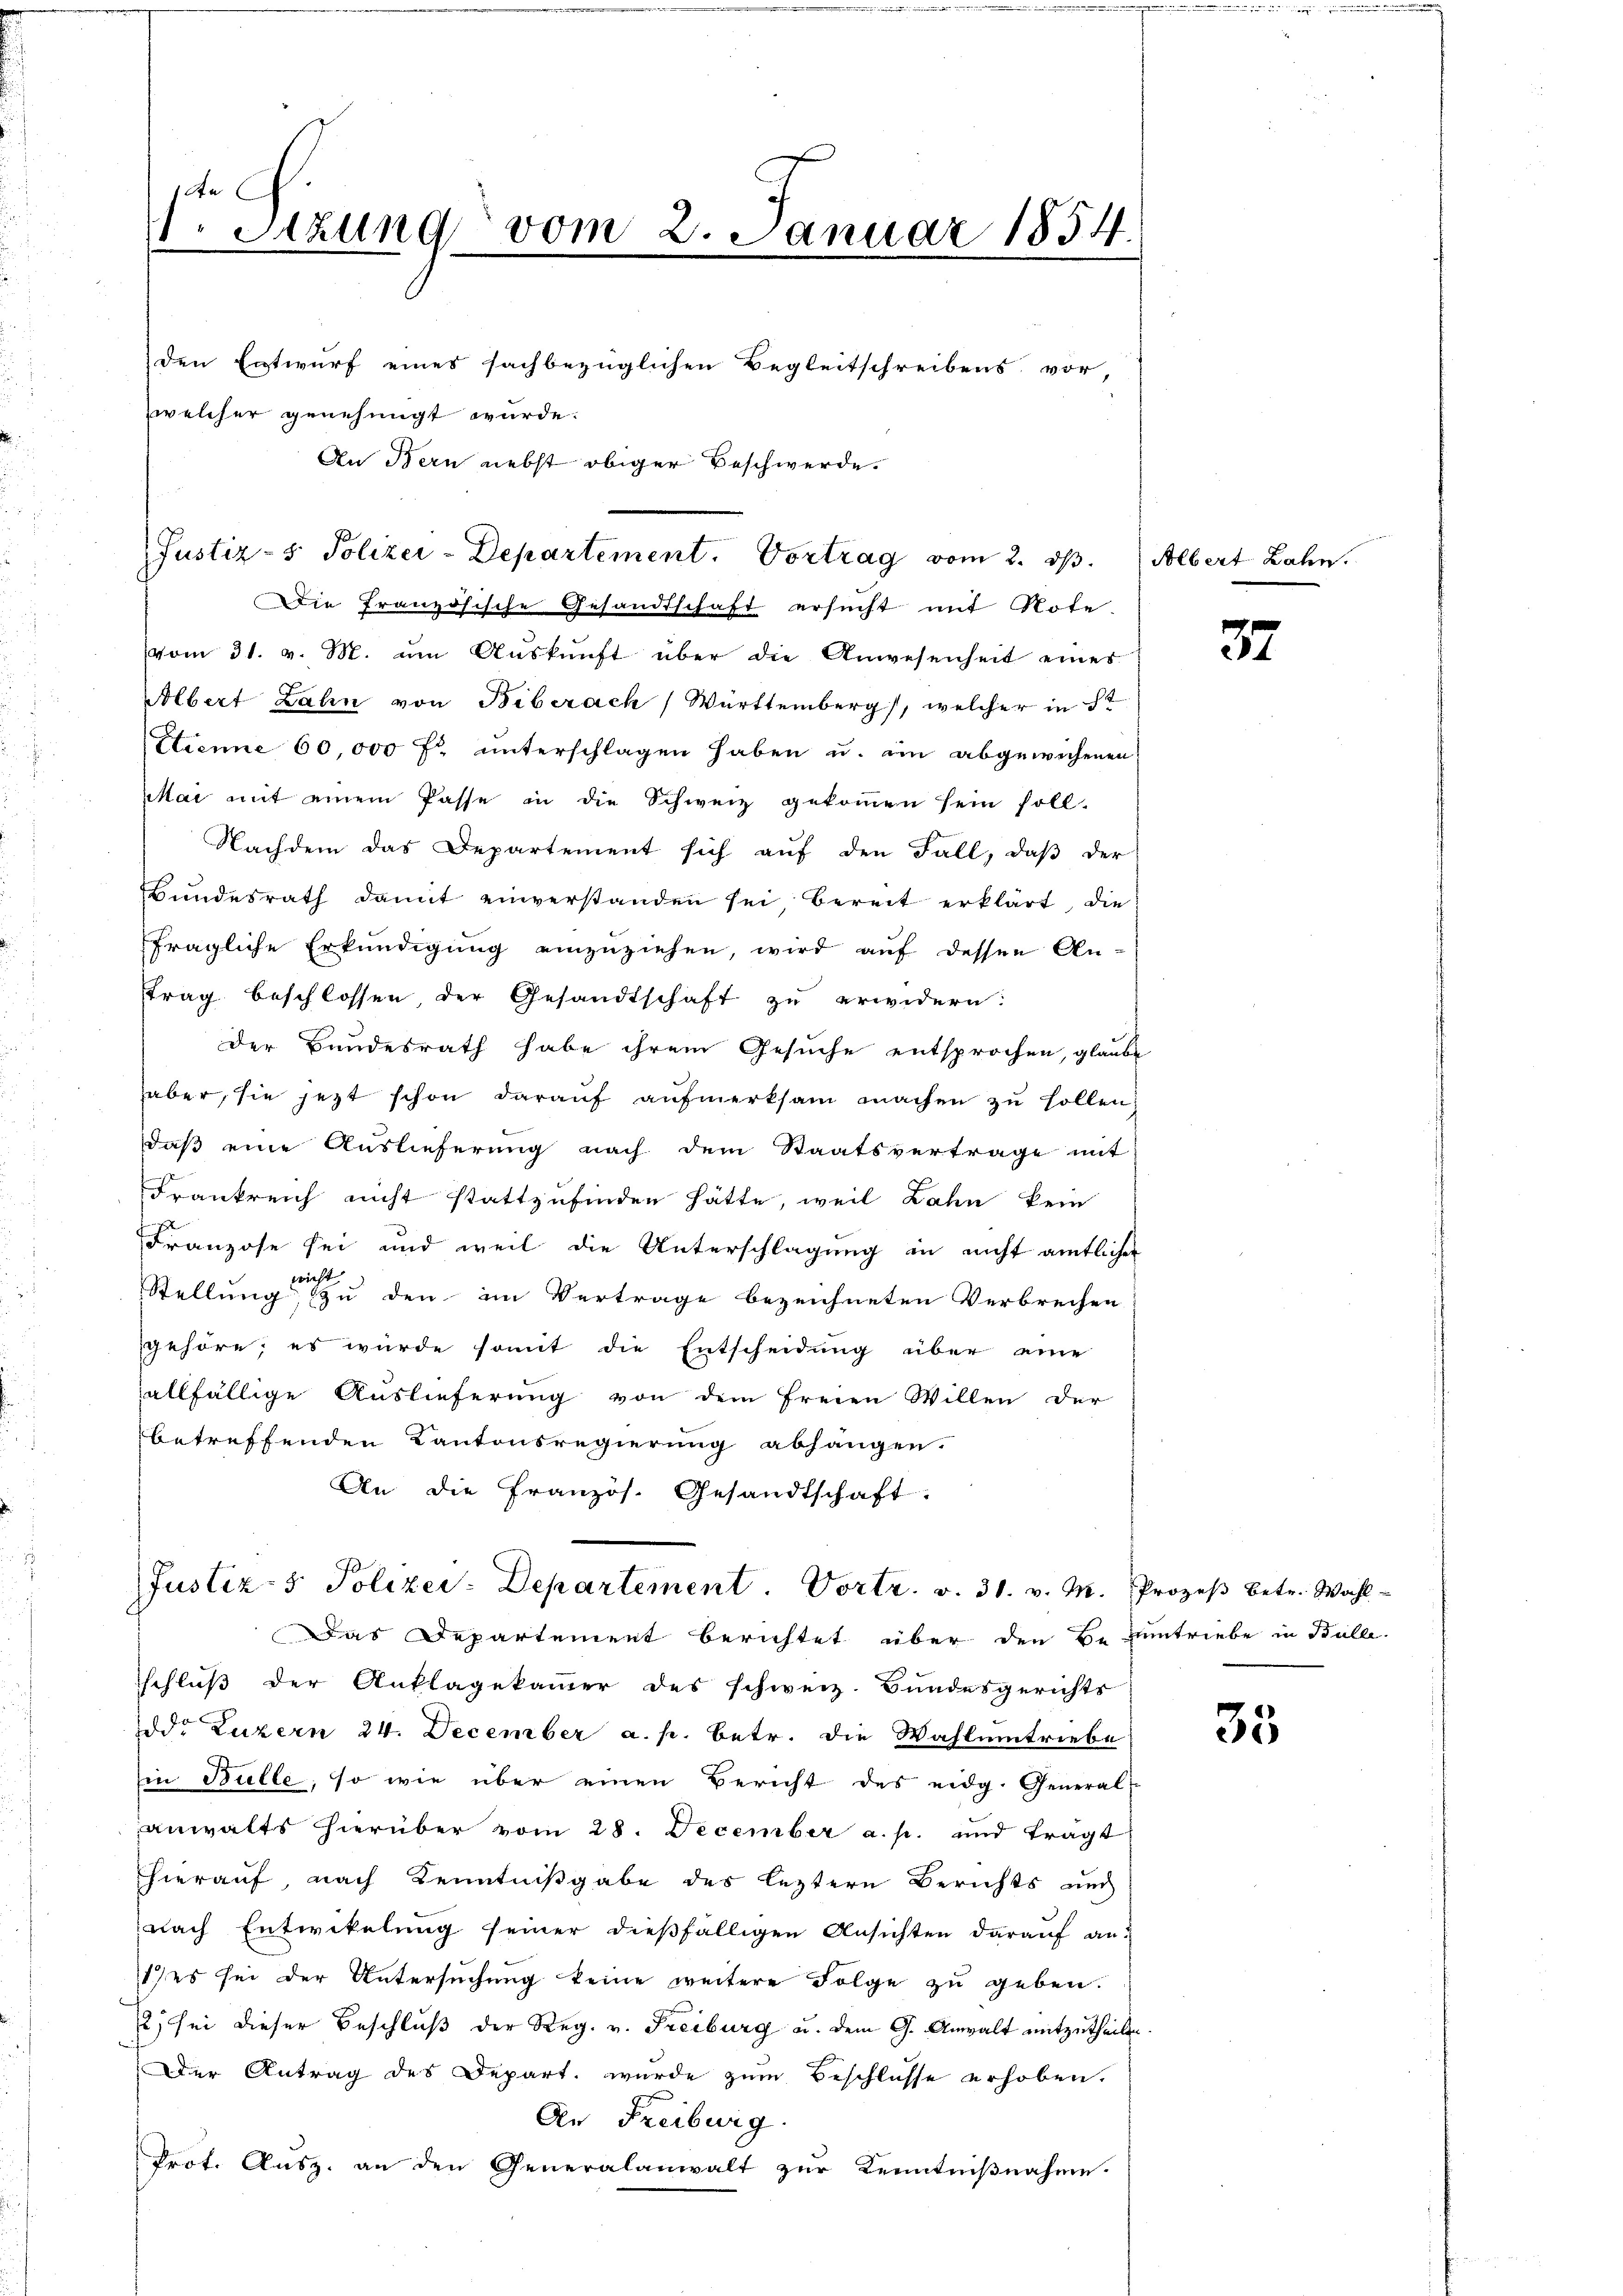
1 Sizung vom 2. Januar 1854.
den Entwurf eines sachbezüglichen Begleitschreibens vor,
welcher genehmigt wurde.
An Bern nebst obiger Beschwerde.

Justiz- & Polizei-Departement. Vortrag vom 2. ds. Albert Zahn.

Die französische Gesandtschaft ersucht mit Note.
vom 31. v. M. ŭm Aŭskŭnft über die Anwesenheit eines
Albert Zahn von Biberach Württemberg, welcher in St
Etienne 60,000 fr. unterschlagen haben u. ein abgewichenen
ai mit einem Pässe in die Schweiz gekoṁen sein soll.
Nachdem das Departement sich auf den Fall, daß der
Bundesrath damit einverstanden sei bereit erklärt, die
fragliche Erkundigung einzuziehen, wird auf dessen Anttrag beschlossen der Gesandtschaft zu erwidern:
Der Bundesrath habe ihrem Gesuche entsprochen, glaube
haber, sie jezt schon darauf aufmerksam machen zu sollen
daß eine Auslieferung nach dem Staatsvertrage mit
Frankreich nicht stattzufinden hätte, weil Lahn kein
Franzose sei und weil die Unterschlagung in nicht amtlicher
wicht |
Stellung zu den im Vertrage bezeichneten Verbrechen
gehöre; es würde somit die Entscheidung über eine
allfällige Auslieferung von dem Freien Willen der
betreffenden Kantonsregierung abhängen.
An die Französ. Gesandtschaft.

Justiz- & Polizey-Departement. Vortr. v. 31. v. M. Prozeß betr. Wahl-
Das Departement berichtet über den Beantriebe in Bülle.

schluß der Anklagekammer des schweiz. Bundesgerichts
dd. Luzern 24. December a. p. betr. die Wahlumtriebe
in Bulle, so wie über einen Bericht des eidg. General-
anwalts hierüber vom 28. December a. p. und tragt
hierauf, nach Kenntnißgabe des leztere Berichts und
nach Entwickelung seiner dießfälligen Ansichten darauf an:
1) es sei der Untersuchung keine weitere Folge zu geben.
2) sei dieser Beschluß der Reg. v. Freiburg u. dem G. Anwalt mitzutheilte
Der Antrag des Depart wurde zum Beschlusse erhoben.
An Freiburg.
Prot. Ausz. an den Generalanwalt zur Kenntnißnahme.

37

35